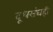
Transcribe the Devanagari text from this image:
दूधसंघही